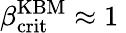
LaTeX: \beta_{\mathrm{crit}}^{\mathrm{KBM}}\approx 1\